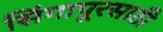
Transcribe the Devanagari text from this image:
सिंगापूरसाठी